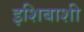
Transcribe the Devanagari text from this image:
इशिबाशी